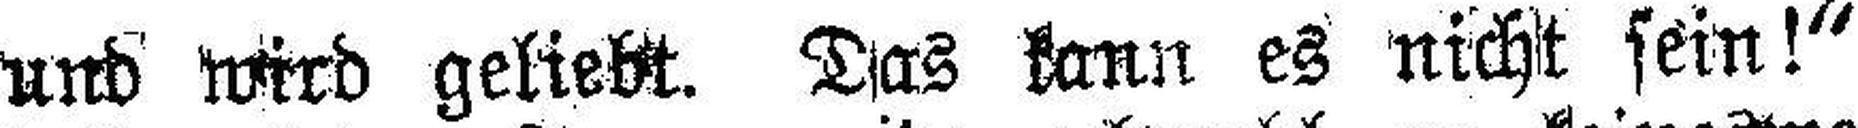
„Sie stebt und wird geliebt. Das kann es nicht sein!“